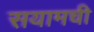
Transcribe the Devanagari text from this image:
सयामची